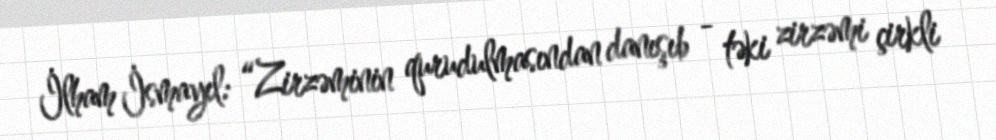
İlham İsmayıl: “Zirzəminin qurudulmasından danışıb - təki zirzəmi çirkli